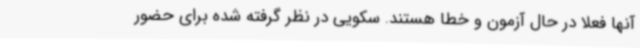
آنها فعلا در حال آزمون و خطا هستند. سکویی در نظر گرفته شده برای حضور